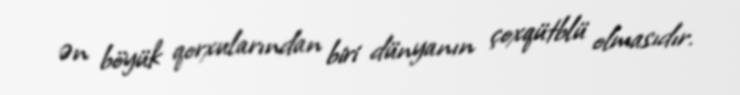
ən böyük qorxularından biri dünyanın çoxqütblü olmasıdır.